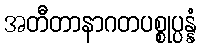
အတီတာနာဂတပစ္စုပ္ပန္နံ